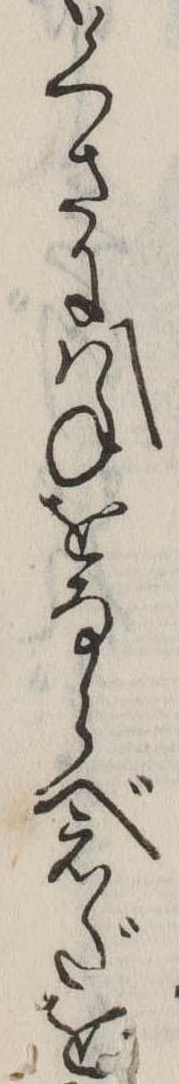
くさにはねをならべえだを